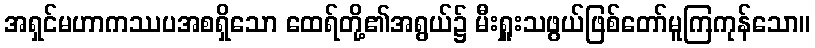
အရှင်မဟာကဿပအစရှိသော ထေရ်တို့၏အရွယ်၌ မီးရှူးသဖွယ်ဖြစ်တော်မူကြကုန်သော။